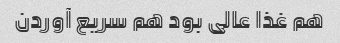
هم غذا عالی بود هم سریع آوردن